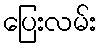
ပြေးလမ်း